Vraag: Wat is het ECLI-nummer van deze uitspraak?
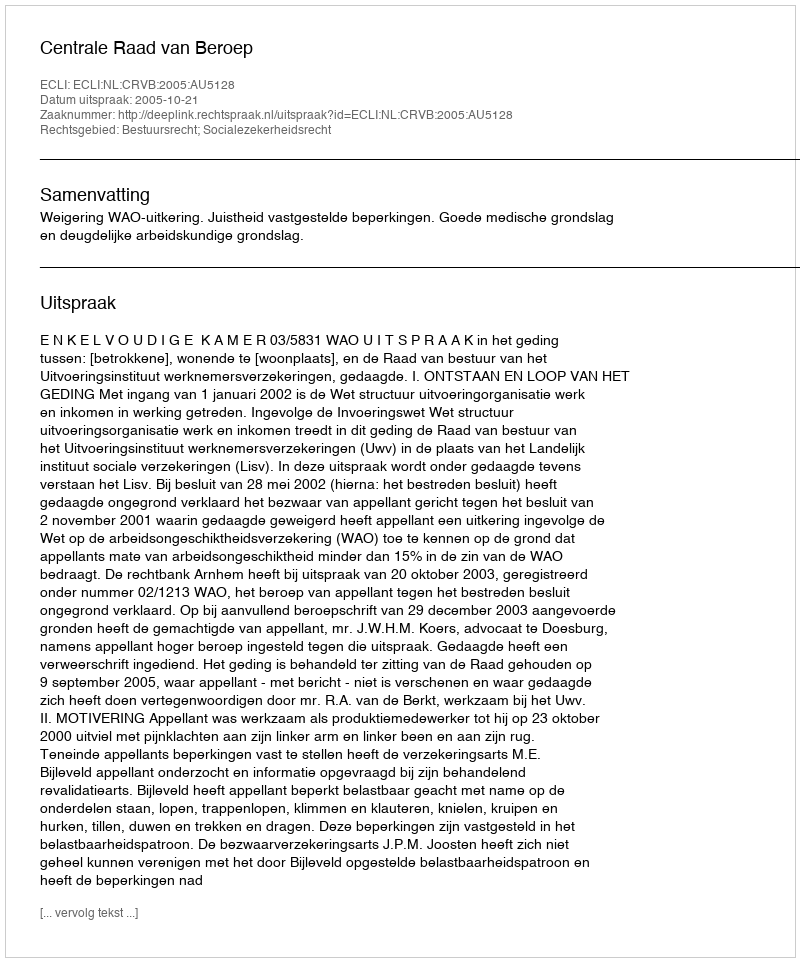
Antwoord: ECLI:NL:CRVB:2005:AU5128